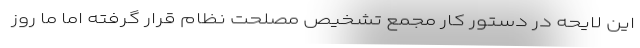
این لایحه در دستور کار مجمع تشخیص مصلحت نظام قرار گرفته اما ما روز